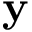
\mathbf { y }